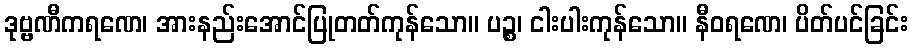
ဒုဗ္ဗဏီကရဏေ၊ အားနည်းအောင်ပြုတတ်ကုန်သော။ ပဉ္စ၊ ငါးပါးကုန်သော။ နီဝရဏေ၊ ပိတ်ပင်ခြင်း